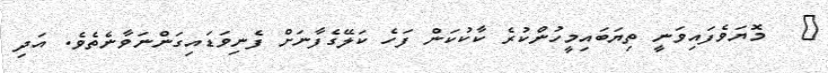
٦   މޮޔަވެފައިވަނީ ތިޔަބައިމީހުންކުރެ ކާކުކަން ފަހެ ކަލޭގެފާނަށް ފެނިވަޑައިގަންނަވާނެތެވެ. އަދި